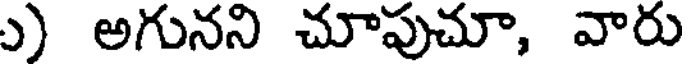
ు) అగునని చూపుచూ, వారు